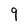
Character: 9